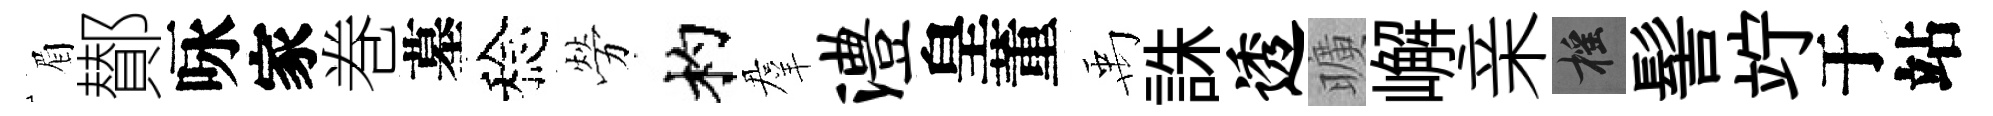
眉鄼咏家巻墓稔勞杓羣澧皇董禹誅透曠嶰亲摇髻竚于站